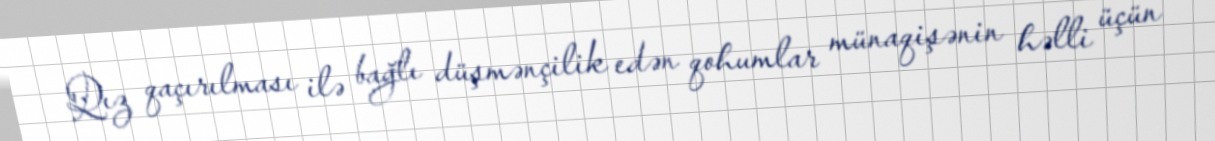
Qız qaçırılması ilə bağlı düşmənçilik edən qohumlar münaqişənin həlli üçün